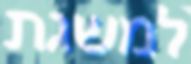
למשגת